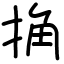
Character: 捔